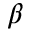
\beta